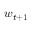
w _ { t + 1 }